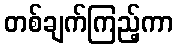
တစ်ချက်ကြည့်ကာ